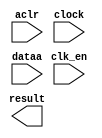
// megafunction wizard: %ALTFP_CONVERT%VBB%
// GENERATION: STANDARD
// VERSION: WM1.0
// MODULE: ALTFP_CONVERT 

// ============================================================
// Megafunction Name(s):
// 			ALTFP_CONVERT
//
// Simulation Library Files(s):
// 			lpm
// ============================================================
// ************************************************************
// THIS IS A WIZARD-GENERATED FILE. DO NOT EDIT THIS FILE!
//
// 13.1.0 Build 162 10/23/2013 SJ Full Version
// ************************************************************

//Copyright (C) 1991-2013 Altera Corporation
//Your use of Altera Corporation's design tools, logic functions 
//and other software and tools, and its AMPP partner logic 
//functions, and any output files from any of the foregoing 
//(including device programming or simulation files), and any 
//associated documentation or information are expressly subject 
//to the terms and conditions of the Altera Program License 
//Subscription Agreement, Altera MegaCore Function License 
//Agreement, or other applicable license agreement, including, 
//without limitation, that your use is for the sole purpose of 
//programming logic devices manufactured by Altera and sold by 
//Altera or its authorized distributors.  Please refer to the 
//applicable agreement for further details.

module ip_convert (
	aclr,
	clk_en,
	clock,
	dataa,
	result)/* synthesis synthesis_clearbox = 1 */;

	input	  aclr;
	input	  clk_en;
	input	  clock;
	input	[31:0]  dataa;
	output	[31:0]  result;

endmodule

// ============================================================
// CNX file retrieval info
// ============================================================
// Retrieval info: LIBRARY: altera_mf altera_mf.altera_mf_components.all
// Retrieval info: PRIVATE: INTENDED_DEVICE_FAMILY STRING "Cyclone III"
// Retrieval info: CONSTANT: INTENDED_DEVICE_FAMILY STRING "Cyclone III"
// Retrieval info: CONSTANT: LPM_HINT STRING "UNUSED"
// Retrieval info: CONSTANT: LPM_TYPE STRING "altfp_convert"
// Retrieval info: CONSTANT: OPERATION STRING "INT2FLOAT"
// Retrieval info: CONSTANT: ROUNDING STRING "TO_NEAREST"
// Retrieval info: CONSTANT: WIDTH_DATA NUMERIC "32"
// Retrieval info: CONSTANT: WIDTH_EXP_INPUT NUMERIC "8"
// Retrieval info: CONSTANT: WIDTH_EXP_OUTPUT NUMERIC "8"
// Retrieval info: CONSTANT: WIDTH_INT NUMERIC "32"
// Retrieval info: CONSTANT: WIDTH_MAN_INPUT NUMERIC "23"
// Retrieval info: CONSTANT: WIDTH_MAN_OUTPUT NUMERIC "23"
// Retrieval info: CONSTANT: WIDTH_RESULT NUMERIC "32"
// Retrieval info: USED_PORT: aclr 0 0 0 0 INPUT NODEFVAL "aclr"
// Retrieval info: CONNECT: @aclr 0 0 0 0 aclr 0 0 0 0
// Retrieval info: USED_PORT: clk_en 0 0 0 0 INPUT NODEFVAL "clk_en"
// Retrieval info: CONNECT: @clk_en 0 0 0 0 clk_en 0 0 0 0
// Retrieval info: USED_PORT: clock 0 0 0 0 INPUT NODEFVAL "clock"
// Retrieval info: CONNECT: @clock 0 0 0 0 clock 0 0 0 0
// Retrieval info: USED_PORT: dataa 0 0 32 0 INPUT NODEFVAL "dataa[31..0]"
// Retrieval info: CONNECT: @dataa 0 0 32 0 dataa 0 0 32 0
// Retrieval info: USED_PORT: result 0 0 32 0 OUTPUT NODEFVAL "result[31..0]"
// Retrieval info: CONNECT: result 0 0 32 0 @result 0 0 32 0
// Retrieval info: GEN_FILE: TYPE_NORMAL ip_convert.v TRUE FALSE
// Retrieval info: GEN_FILE: TYPE_NORMAL ip_convert.qip TRUE FALSE
// Retrieval info: GEN_FILE: TYPE_NORMAL ip_convert.bsf FALSE TRUE
// Retrieval info: GEN_FILE: TYPE_NORMAL ip_convert_inst.v TRUE TRUE
// Retrieval info: GEN_FILE: TYPE_NORMAL ip_convert_bb.v TRUE TRUE
// Retrieval info: GEN_FILE: TYPE_NORMAL ip_convert.inc FALSE TRUE
// Retrieval info: GEN_FILE: TYPE_NORMAL ip_convert.cmp FALSE TRUE
// Retrieval info: LIB_FILE: lpm